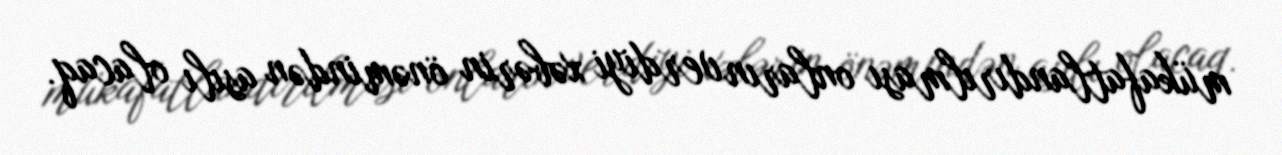
mükafatlandırılması onların verdiyi xəbərin önəmindən asılı olacaq.